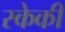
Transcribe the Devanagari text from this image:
स्केकी